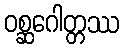
ဝစ္ဆဂေါတ္တဿ